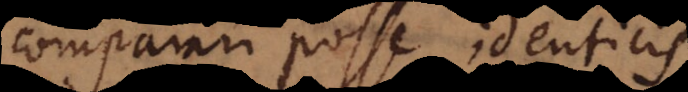
comparari posse identicis.